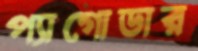
প্যাগোডার